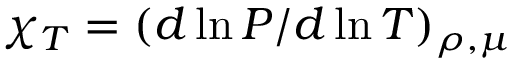
\chi _ { T } = ( d \ln P / d \ln T ) _ { \rho , \mu }